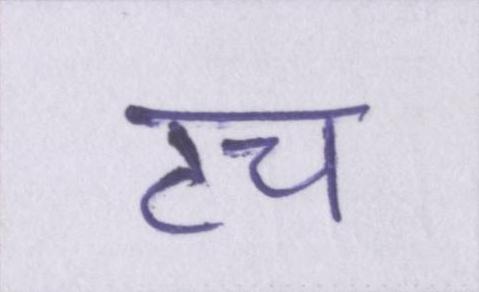
टच